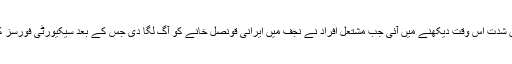
عراق میں گزشتہ دو ماہ سے جاری حکومت مخالف مظاہروں میں شدت اس وقت دیکھنے میں آئی جب مشتعل افراد نے نجف میں ایرانی قونصل خانے کو آگ لگا دی جس کے بعد سیکیورٹی فورسز کی کارروائی کے دوران 400 سے زائد افراد ہلاک ہو چکے ہیں۔